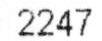
2247